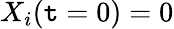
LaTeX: X_{i}(\mathtt{t}=0)=0